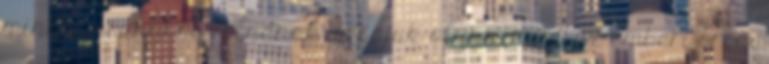
mintha aranyból volnának, orcájuk olyan, mint az emberi orca,